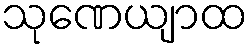
သုဏေယျာထ